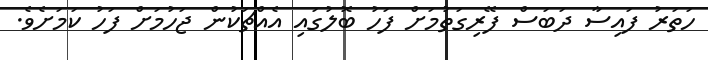
ހަތަރު ފައިސާ ދަބަސް ފޭރިގަތުމަށް ފަހު ބޮލުގައި އެއްޗަކުން ޖަހުމަށް ފަހު ކަމަށެވެ.